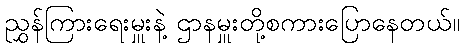
ညွှန်ကြားရေးမှူးနဲ့ ဌာနမှူးတို့စကားပြောနေတယ်။